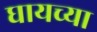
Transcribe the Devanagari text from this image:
घायच्या